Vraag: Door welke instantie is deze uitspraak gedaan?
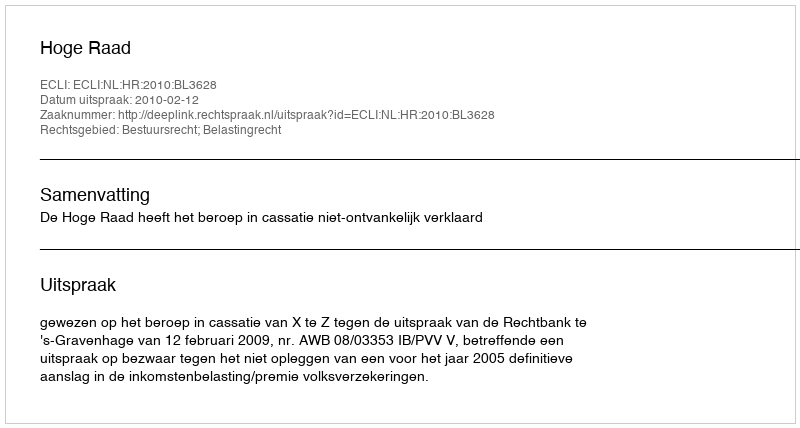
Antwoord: Hoge Raad